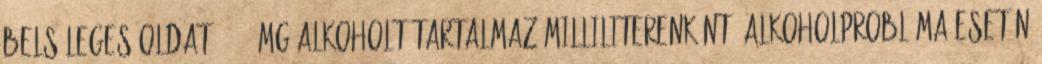
belsőleges oldat 150,7 mg alkoholt tartalmaz milliliterenként. Alkoholprobléma esetén